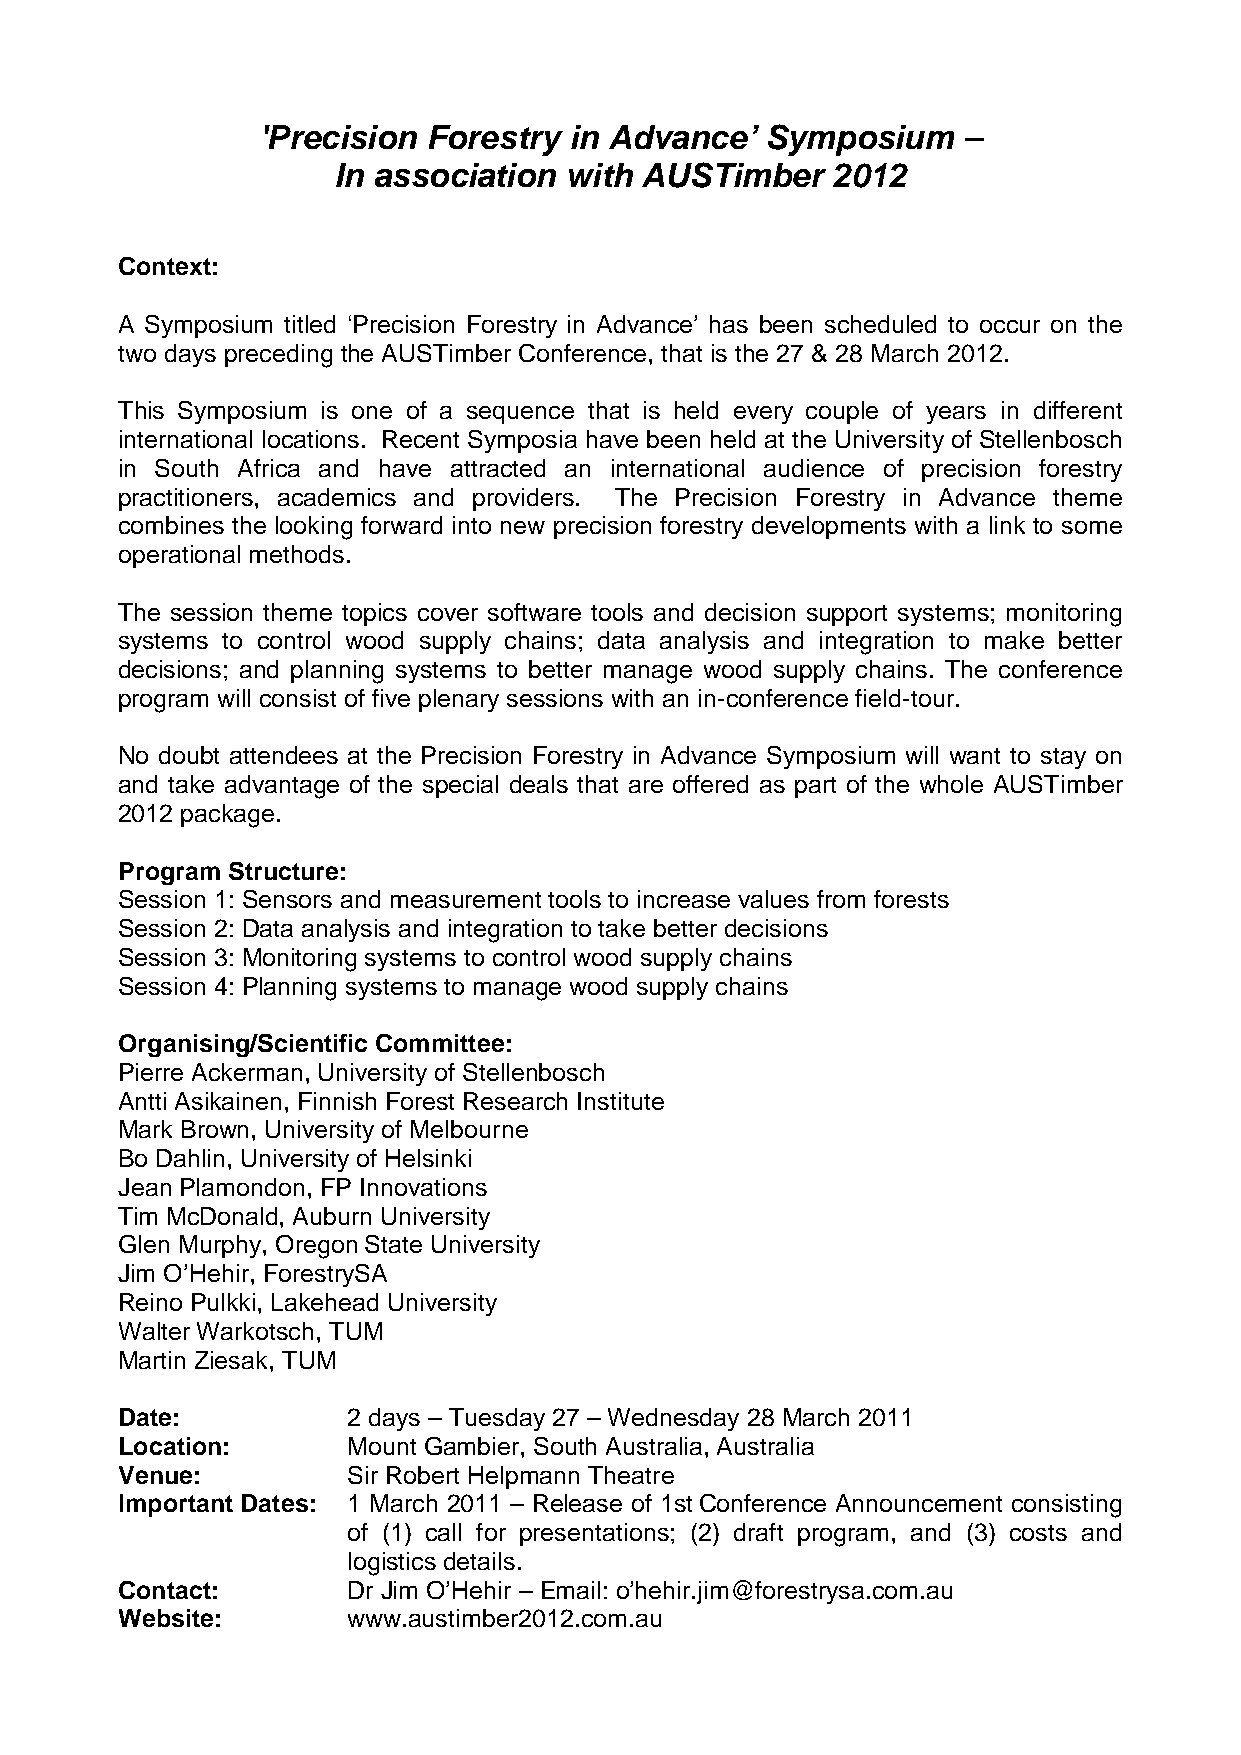
'Precision Forestry  in Advance’  Symposium    –
 In association with AUSTimber    2012
 Context:
 A Symposium titled ‘Precision Forestry in Advance’ has been scheduled to occur on the
 two days preceding the AUSTimber Conference, that is the 27 & 28 March 2012.
 This Symposium is one of a sequence that is held every couple of years in different
 international locations. Recent Symposia have been held at the University of Stellenbosch
 in South Africa and have attracted an international audience of precision forestry
 practitioners, academics and providers. The Precision Forestry in Advance theme
 combines the looking forward into new precision forestry developments with a link to some
 operational methods.
 The session theme topics cover software tools and decision support systems; monitoring
 systems to control wood supply chains; data analysis and integration to make better
 decisions; and planning systems to better manage wood supply chains. The conference
 program will consist of five plenary sessions with an in-conference field-tour.
 No doubt attendees at the Precision Forestry in Advance Symposium will want to stay on
 and take advantage of the special deals that are offered as part of the whole AUSTimber
 2012 package.
 Program Structure:
 Session 1: Sensors and measurement tools to increase values from forests
 Session 2: Data analysis and integration to take better decisions
 Session 3: Monitoring systems to control wood supply chains
 Session 4: Planning systems to manage wood supply chains
 Organising/Scientific Committee:
 Pierre Ackerman, University of Stellenbosch
 Antti Asikainen, Finnish Forest Research Institute
 Mark Brown, University of Melbourne
 Bo Dahlin, University of Helsinki
 Jean Plamondon, FP Innovations
 Tim McDonald, Auburn University
 Glen Murphy, Oregon State University
 Jim O’Hehir, ForestrySA
 Reino Pulkki, Lakehead University
 Walter Warkotsch, TUM
 Martin Ziesak, TUM
 Date:          2 days – Tuesday 27 – Wednesday 28 March 2011
 Location:      Mount Gambier, South Australia, Australia
 Venue:         Sir Robert Helpmann Theatre
 Important Dates: 1 March 2011 – Release of 1stConference Announcement consisting
 of (1) call for presentations; (2) draft program, and (3) costs and
 logistics details.
 Contact:       Dr Jim O’Hehir – Email: o’hehir.jim@forestrysa.com.au
 Website:       www.austimber2012.com.au